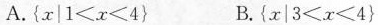
A.$$\left\{x | 1<x<4\right\}$$ B.$$\left\{x|3<x<4\right\}$$